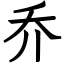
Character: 乔